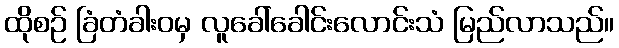
ထိုစဉ် ခြံတံခါးဝမှ လူခေါ်ခေါင်းလောင်းသံ မြည်လာသည်။